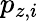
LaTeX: p_{z,i}